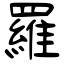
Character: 羅